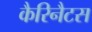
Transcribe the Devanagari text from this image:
कैरिनैटस